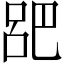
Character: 𫶷